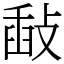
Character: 敮